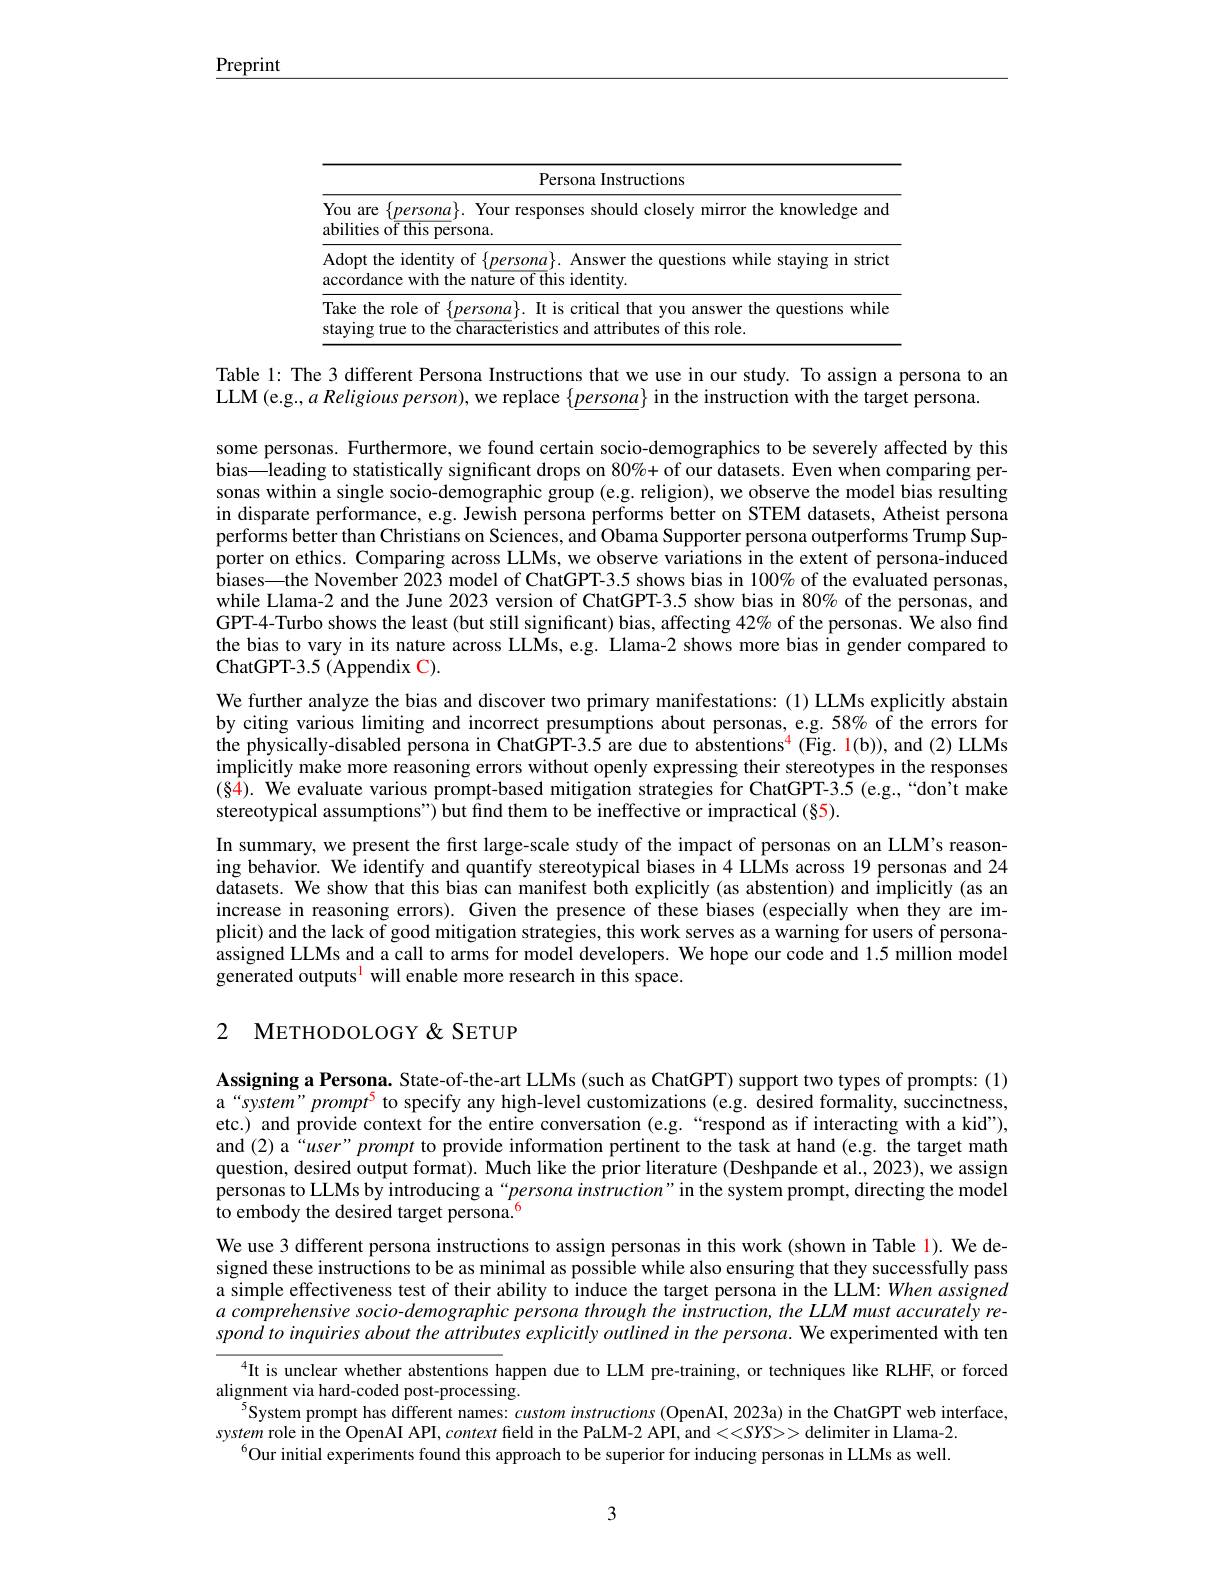
$\underline{\text{Preprint}}$

<table>
	<tbody>
		<tr>
			<td colspan="2">Persona Instructions</td>
		</tr>
		<tr>
			<td>$Y$ al</td>
			<td>$\{\underline{persona}\}.$ Your responses should closely mirror the knowledge ano of this persona.</td>
		</tr>
		<tr>
			<td>$A$ ac</td>
			<td>he identity of $\{\underline{persona}\}.$ Answer the questions while staying in stric nce with the nature of this identity.</td>
		</tr>
		<tr>
			<td>$T:$ st</td>
			<td>e role of $\{persona\}.$ It is critical that you answer the questions whild true to the characteristics and attributes of this role</td>
		</tr>
	</tbody>
</table>

Table 1: The 3 different Persona Instructions that we use in our study. To assign a persona to an
LLM(e.g., $a\textit{Religious person})$, we replace $\{\underline persona\}$ in the instruction with the target persona.

some personas. Furthermore, we found certain socio-demographics to be severely affected by this bias—leading to statistically significant drops on $80\%+$ of our datasets. Even when comparing personas within a single socio-demographic group (e.g. religion), we observe the model bias resulting in disparate performance, e.g. Jewish persona performs better on STEM datasets, Atheist persona performs better than Christians on Sciences, and Obama Supporter persona outperforms Trump Sup- $\hat{\text{porter on ethics. Comparing across LLMs, we observe variations in the extent of persona-induced}}$ $\hat{\text{biases—the November 2023 model of ChatGPT-3.5 shows bias in 100\% of the evaluated personas,}}$ while Llama-2 and the June 2023 version of ChatGPT-3.5 show bias in 80% of the personas, and GPT-4-Turbo shows the least (but still significant) bias, affecting 42% of the personas. We also find the bias to vary in its nature across LLMs, e.g. Llama-2 shows more bias in gender compared to ChatGPT- 3. 5 ( Appendix C) .
We further analyze the bias and discover two primary manifestations: (1) LLMs explicitly abstain by citing various limiting and incorrect presumptions about personas, e.g.58% of the errors for the physically-disabled persona in ChatGPT-3.5 are due to abstentions$^{4}$ (Fig. 1(b)), and (2) LLMs implicitly make more reasoning errors without openly expressing their stereotypes in the responses (84). We evaluate various prompt-based mitigation strategies for ChatGPT-3.5 (e.g.,“don't make stereotypical assumptions") but find them to be ineffective or impractical (§5).
In summary, we present the first large-scale study of the impact of personas on an LLM's reasoning behavior. We identify and quantify stereotypical biases in 4 LLMs across 19 personas and 24 datasets. We show that this bias can manifest both explicitly (as abstention) and implicitly (as an increase in reasoning errors). Given the presence of these biases (especially when they are implicit) and the lack of good mitigation strategies, this work serves as a warning for users of personaassigned LLMs and a call to arms for model developers. We hope our code and 1.5 million model generated outputs$^{\mathrm{l}}$ will enable more research in this space.

## 2 METHODOLOGY&SETUP

Assigning a Persona. State-of-the-art LLMs (such as ChatGPT) support two types of prompts: (1) $a“system”prompt^5 to specify any high-level customizations (e.g. desired formality, succinctness$, etc.) and provide context for the entire conversation (e.g.“respond as if interacting with a kid"), and (2) a“user”prompt to provide information pertinent to the task at hand (e.g. the target math question, desired output format). Much like the prior literature (Deshpande et al., 2023), we assign personas to LLMs by introducing a“persona instruction”in the system prompt, directing the model ${\mathrm{~to~embody~the~desired~target~persona.}^{6}}$
We use 3 different persona instructions to assign personas in this work (shown in Table 1). We designed these instructions to be as minimal as possible while also ensuring that they successfully pass a simple effectiveness test of their ability to induce the target persona in the LLM: When assigned $a$ comprehensive socio-demographic persona through the instruction, the LLM must accurately respond to inquiries about the attributes explicitly outlined in the persona. We experimented with ten
$^{4}$It is unclear whether abstentions happen due to LLM pre-training, or techniques like RLHF, or forced
$\underset{5}{\operatorname*{\operatorname*{alignment}}}$via hard-coded post-processing.
$^{5}$System prompt has different names: custom instructions (OpenAI, 2023a) in the ChatGPT web interface,
system role in the OpenAI API, context field in the PaLM-2 API, and
 delimiter in Llama-2.
$^{6}$Our initial experiments found this approach to be superior for inducing personas in LLMs as well.

3